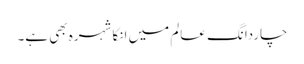
چاردانگِ عالم میں انکا شہرہ بھی ہے۔